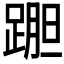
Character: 𲃷